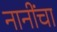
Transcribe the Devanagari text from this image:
नानींचा